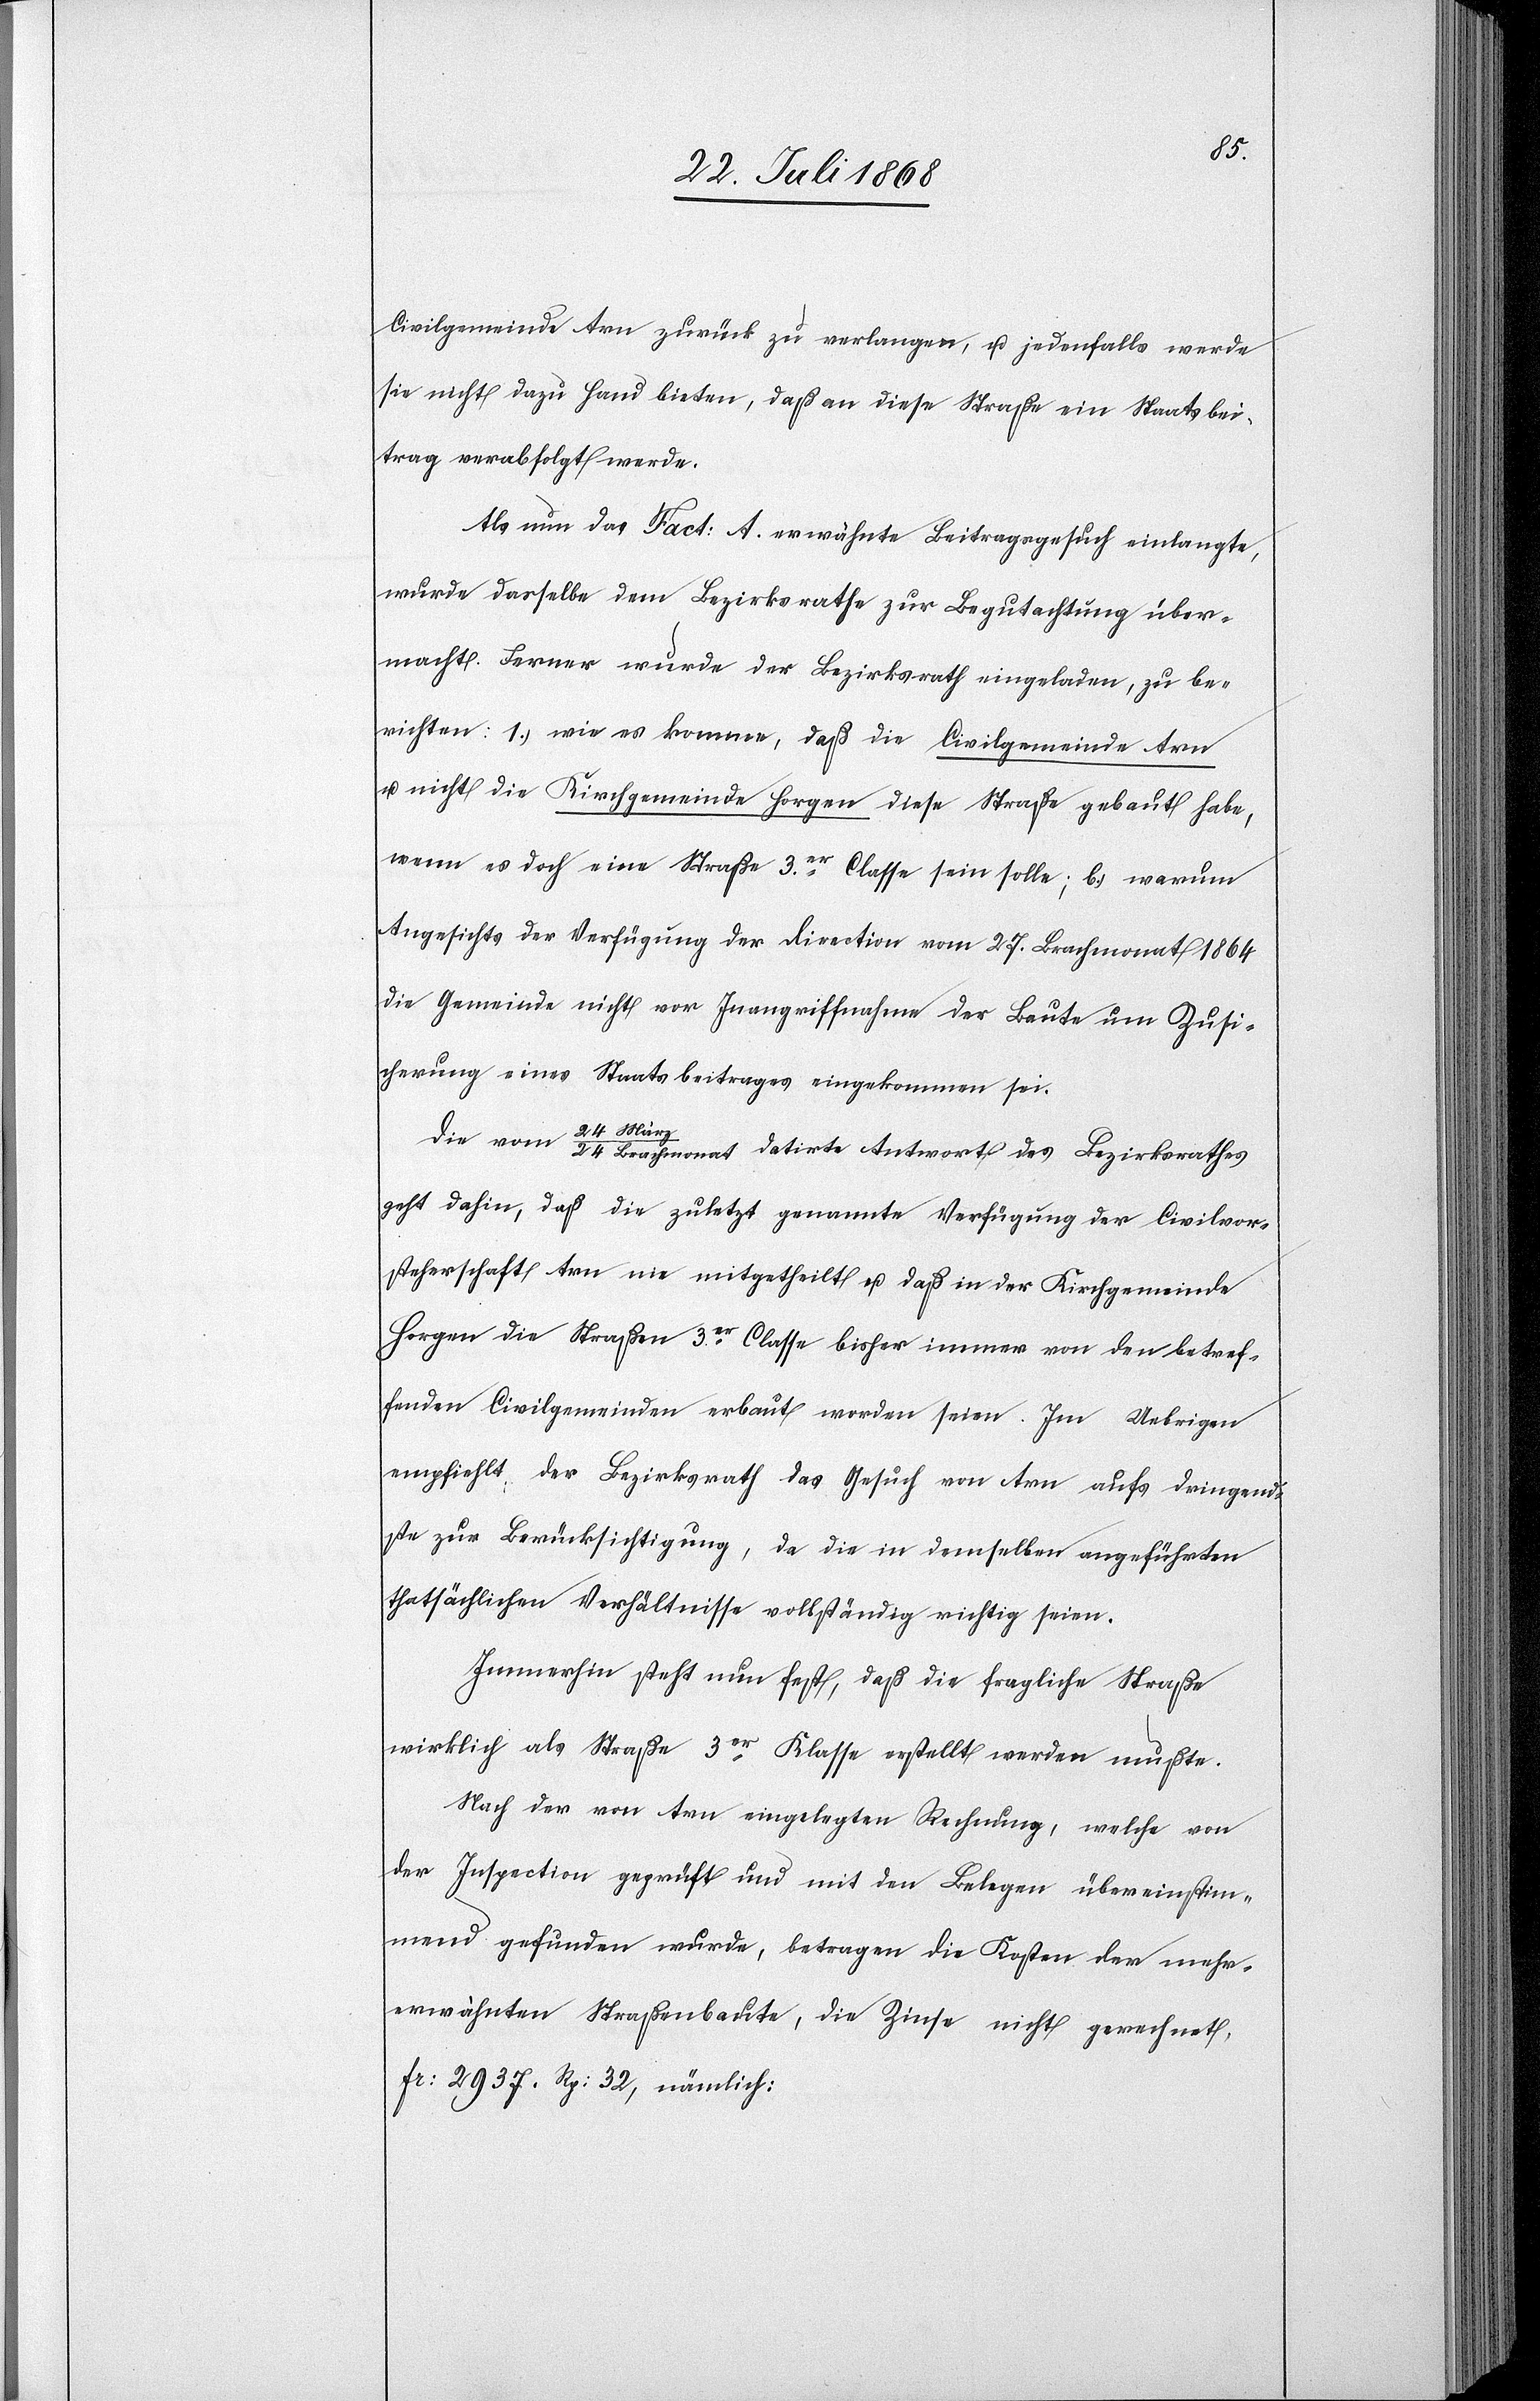
Civilgemeinde Arn zurück zu verlangen, u. jedenfalls werde
sie nicht dazu Hand bieten, daß an diese Straße ein Staatsbei¬
trag verabfolgt werde.
Als nun das Fact: A. erwähnte Beitragsgesuch einlangte,
wurde dasselbe dem Bezirksrathe zur Begutachtung über¬
macht. Ferner wurde der Bezirksrath eingeladen, zu be¬
richten: 1.) wie es komme, daß die Civilgemeinde Arn
u. nicht die Kirchgemeinde Horgen diese Straße gebaut habe,
wenn es doch eine Straße 3er. Classe sein solle; b.) warum
Angesichts der Verfügung der Direction vom 27. Brachmonat 1864
die Gemeinde nicht vor Inangriffnahme der Baute um Zusi¬
cherung eines Staatsbeitrages eingekommen sei.
Die vom 24 März / 24 Brachmonat datirte Antwort des Bezirksrathes
geht dahin, daß die zuletzt genannte Verfügung der Civilvor¬
steherschaft Arn nie mitgetheilt u. daß in der Kirchgemeinde
Horgen die Straßen 3er. Classe bisher immer von den betref¬
fenden Civilgemeinden erbaut worden seien. Im Uebrigen
empfiehlt der Bezirksrath das Gesuch von Arn aufs dringend¬
ste zur Berücksichtigung, da die in demselben angeführten
thatsächlichen Verhältnisse vollständig richtig seien.
Immerhin steht nun fest, daß die fragliche Straße
wirklich als Straße 3er Klasse erstellt werden mußte.
Nach der von Arn eingelegten Rechnung, welche von
der Inspection geprüft und mit den Belegen übereinstim¬
mend gefunden wurde, betragen die Kosten der mehr¬
erwähnten Straßenbaute, die Zinse nicht gerechnet,
Fr: 2937. Rp: 32, nämlich: